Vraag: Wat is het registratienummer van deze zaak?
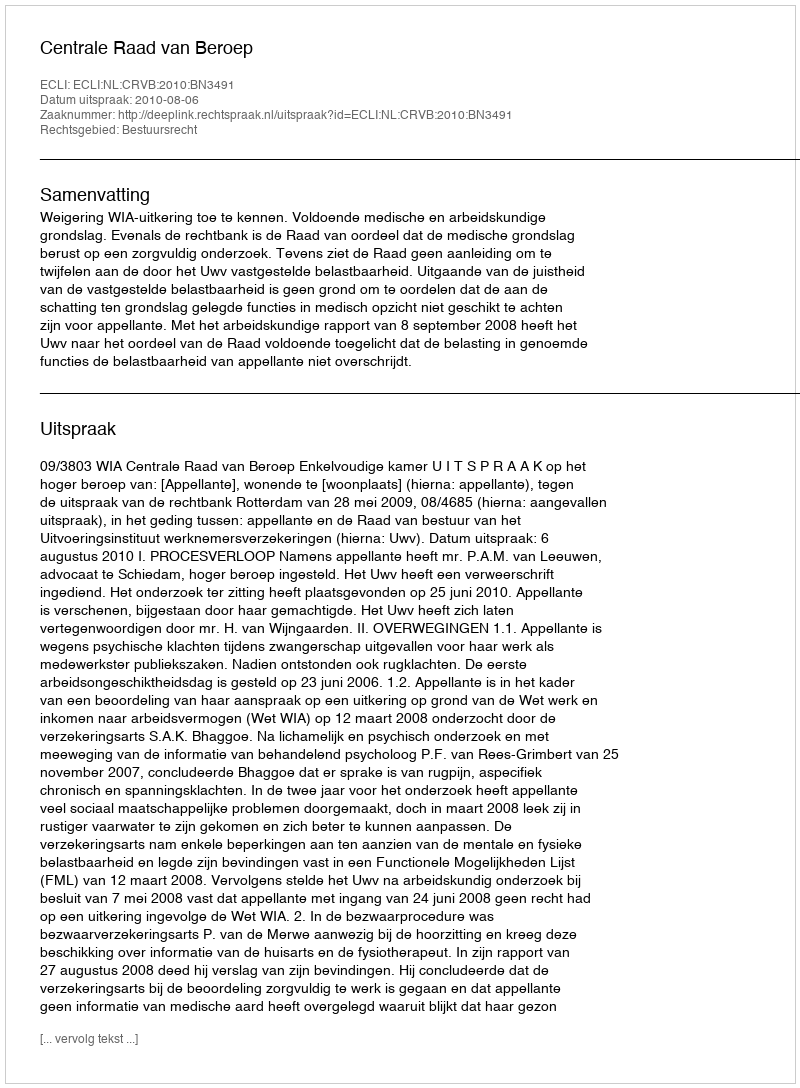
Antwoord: http://deeplink.rechtspraak.nl/uitspraak?id=ECLI:NL:CRVB:2010:BN3491